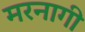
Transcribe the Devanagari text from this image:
मरनागी